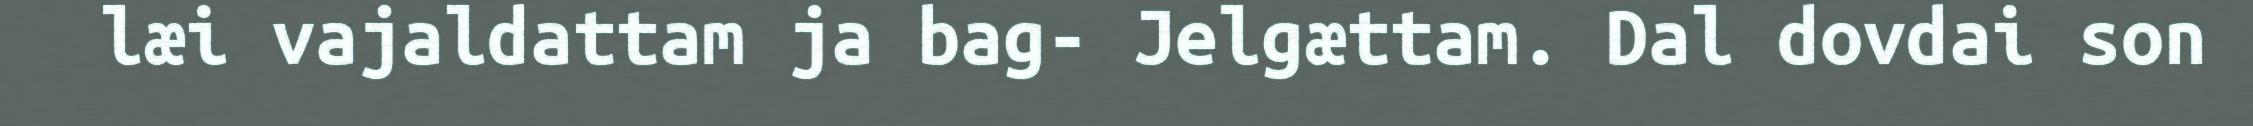
læi vajaldattam ja bag- Jelgættam. Dal dovdai son